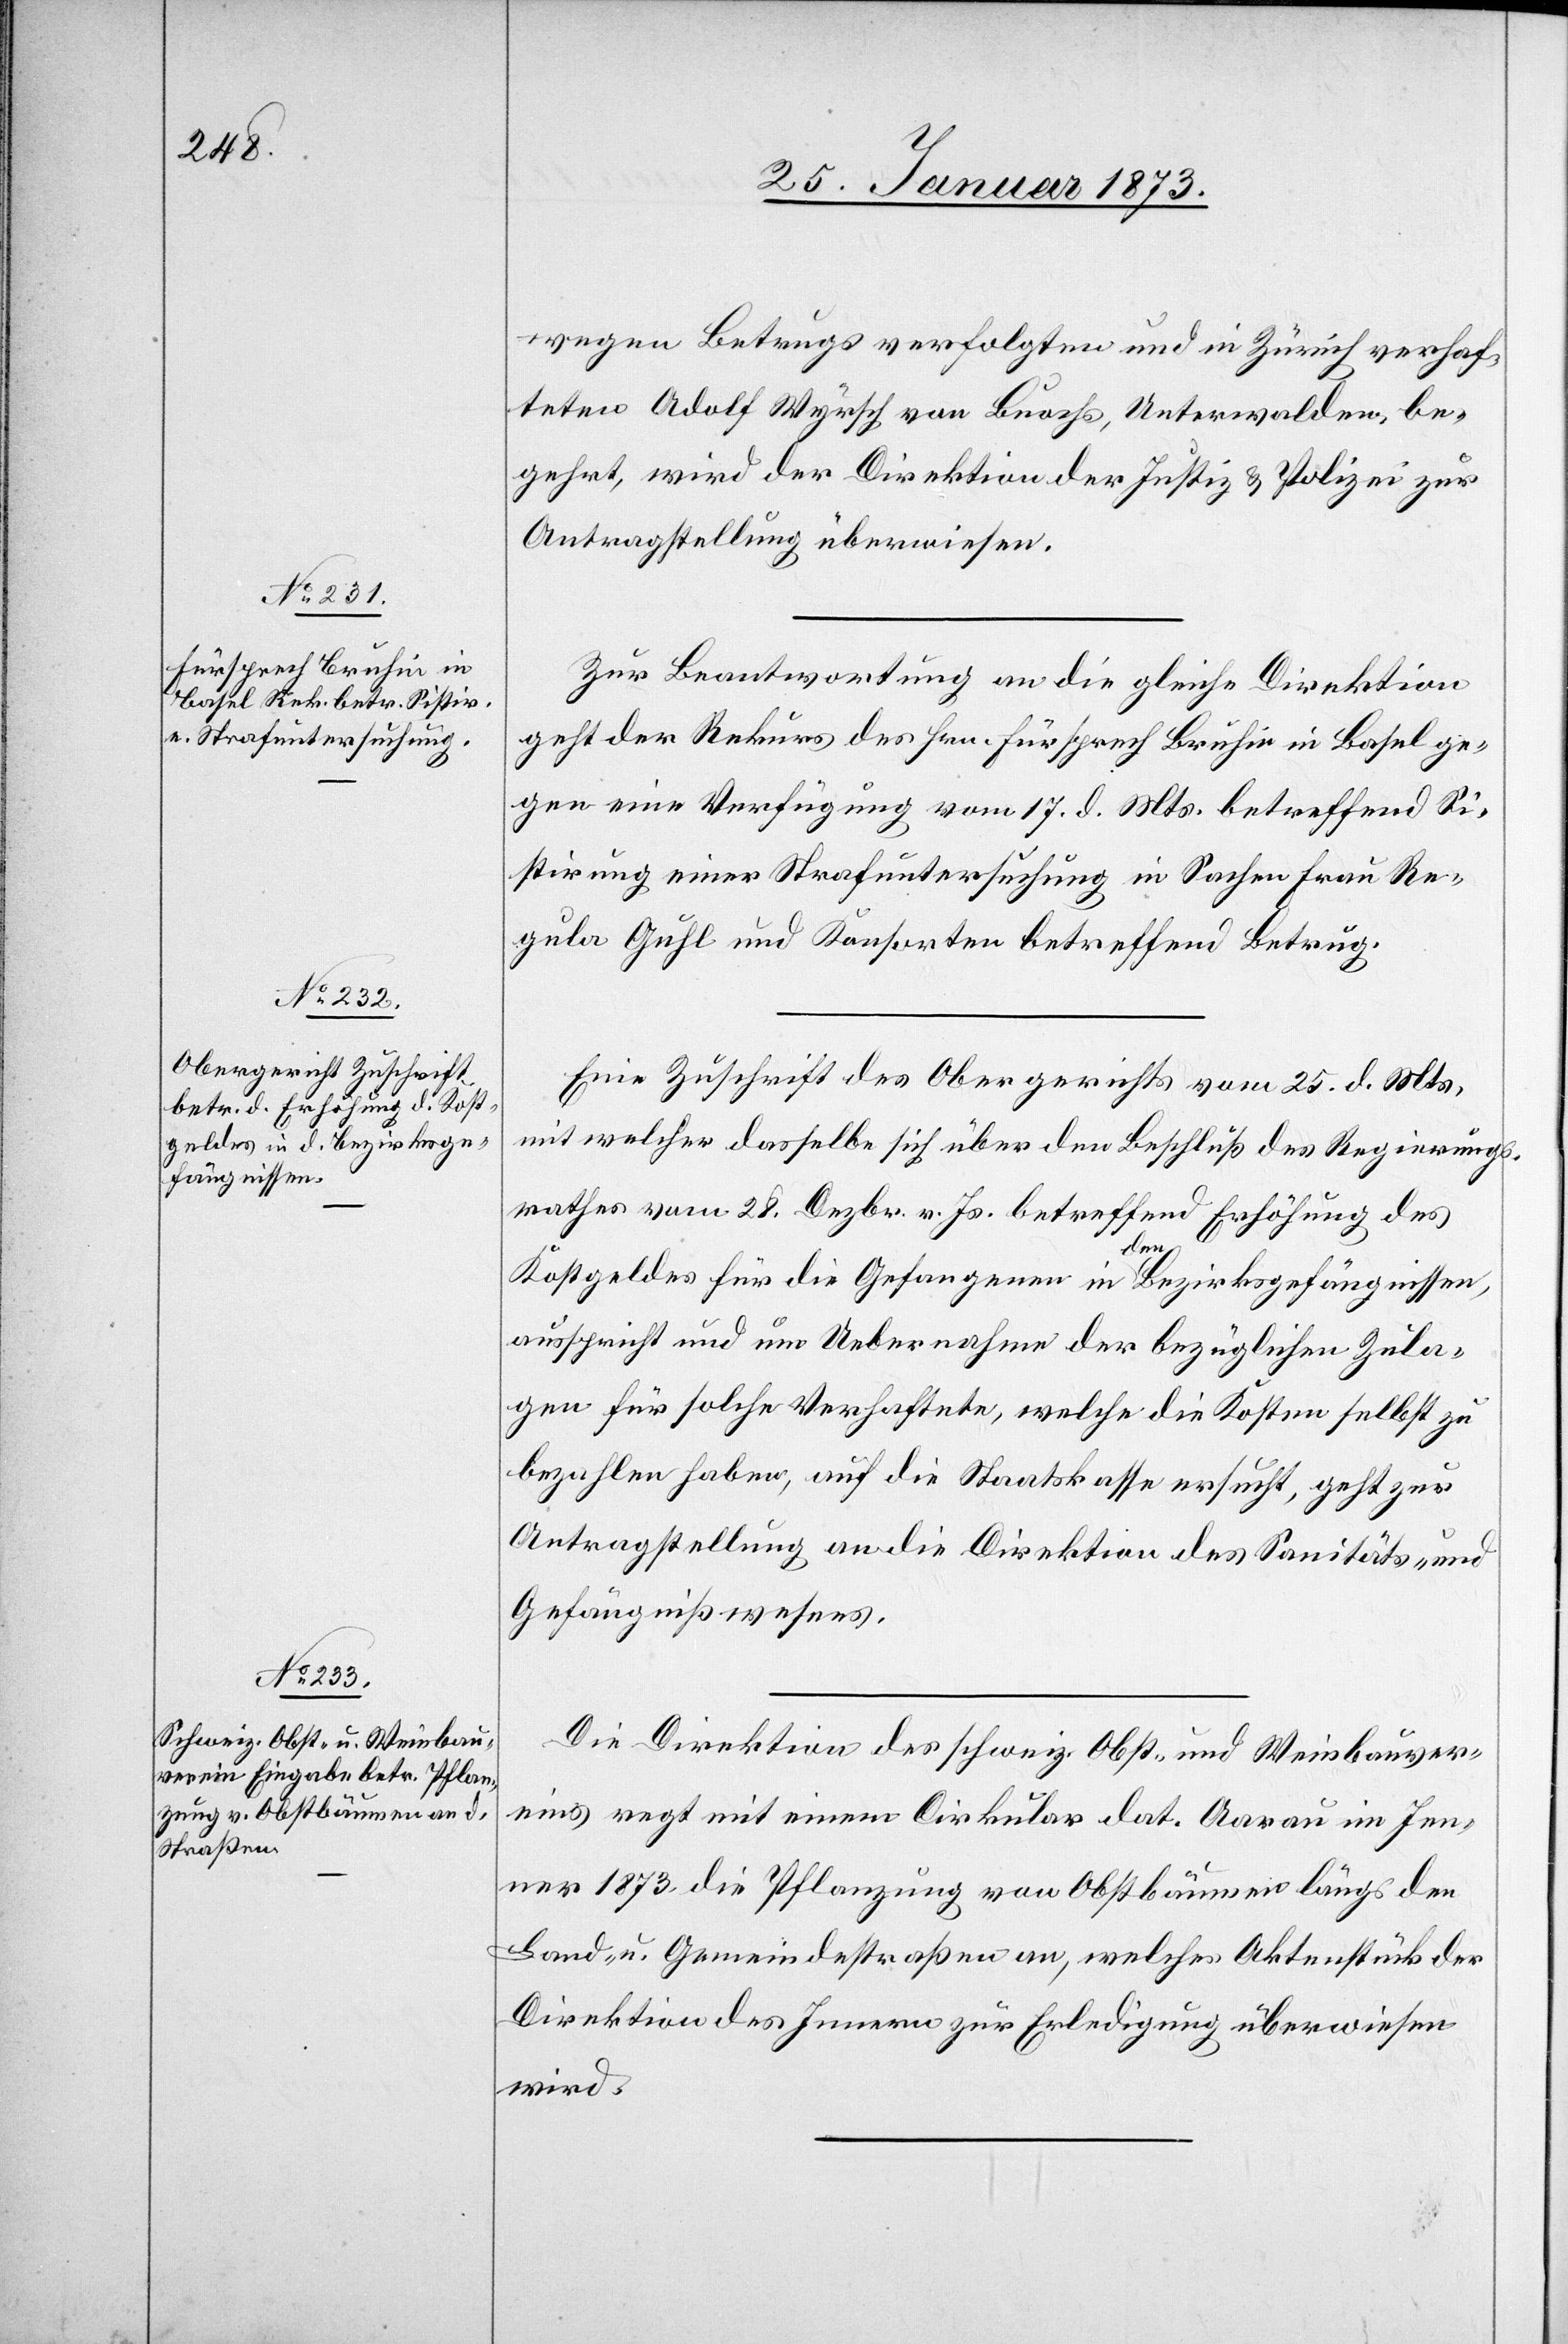
29. Januar 1873.]
wegen Betrugs verfolgten und in Zürich verhaf¬
teten Adolf Wyrsch von Buochs, Unterwalden, be¬
gehrt, wird der Direktion der Justiz u. Polizei zur
Antragstellung überwiesen.
Zur Beantwortung an die gleiche Direktion
geht der Rekurs des Hrn. Fürsprech Bruhin in Basel ge¬
gen eine Verfügung vom 17. d. Mts. betreffend Si¬
stirung einer Strafuntersuchung in Sachen Frau Re¬
gula Guhl und Konsorten betreffend Betrug.
Eine Zuschrift des Obergerichts vom 25. d. Mts.,
mit welcher dasselbe sich über den Beschluß des Regierungs¬
rathes vom 28. Dezbr. v. Js. betreffend Erhöhung des
Kostgeldes für die Gefangenen in den Bezirksgefängnissen,
ausspricht und um Uebernahme der bezüglichen Zula¬
gen für solche Verhaftete, welche die Kosten selbst zu
bezahlen haben, auf die Staatskasse ersucht, geht zur
Antragstellung an die Direktion des Sanitäts- und
Gefängnißwesens.
Die Direktion des schweiz. Obst- und Weinbauver¬
eins regt mit einem Cirkular dat. Aarau im Jen¬
ner 1873 die Pflanzung von Obstbäumen längs den
Land- u. Gemeindestraßen an, welches Aktenstück der
Direktion des Innern zur Erledigung überwiesen
wird.